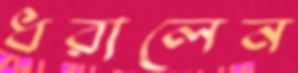
ধরালেন